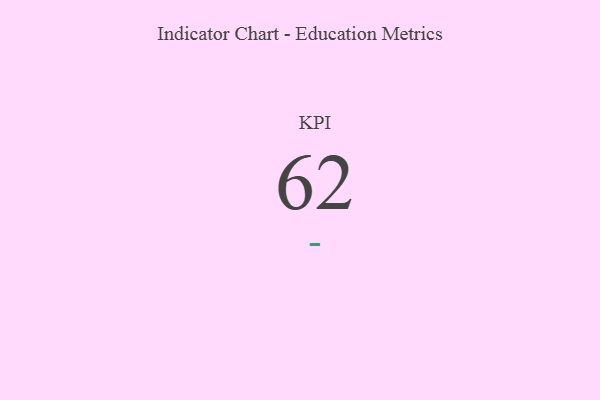
{"axis": {"x": "KPI", "y": "Value"}, "legend": [""], "data": [{"x": "KPI", "y": 62, "type": ""}]}